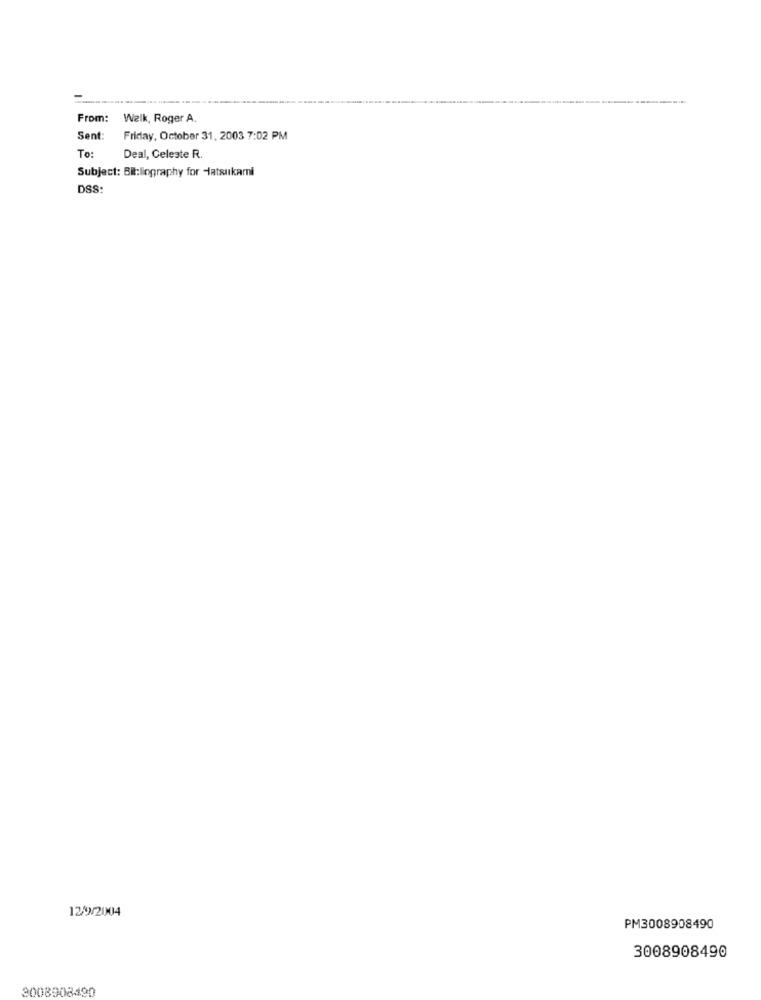
From:
Walk, Roger A.
Sent:
Friday, October 31, 2003 7:02 PM
To:
Deal, Celeste R.
Subject: Bil:liography for Hatsukami
DSS:
129/2004
PM3008908490
3008908490
3008908490